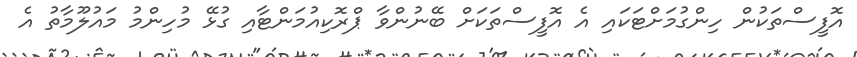
އޮފީސްތަކުން ހިންގުމަށްޓަކައި އެ އޮފީސްތަކަށް ބޭނުންވާ ޕްރޮކިއުމަންޓާއި ގުޅޭ މުހިންމު މައުލޫމާތު އެ